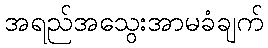
အရည်အသွေးအာမခံချက်